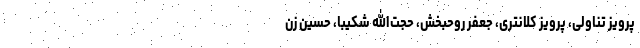
پرویز تناولی، پرویز کلانتری، جعفر روحبخش، حجت‌الله شکیبا، حسین زن